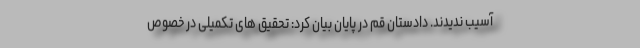
آسیب ندیدند. دادستان قم در پایان بیان کرد: تحقیق های تکمیلی در خصوص